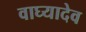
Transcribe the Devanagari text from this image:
वाघ्यादेव